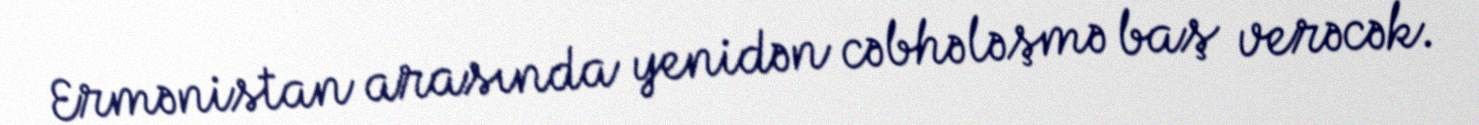
Ermənistan arasında yenidən cəbhələşmə baş verəcək.